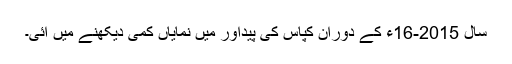
سال 2015-16ء کے دوران کپاس کی پیداور میں نمایاں کمی دیکھنے میں آئی۔